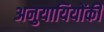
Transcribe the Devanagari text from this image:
अनुयायियोंकी